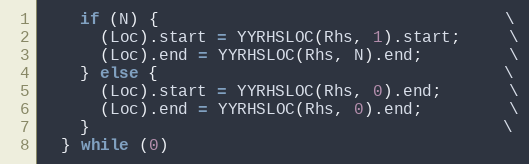
Language: C
    if (N) {                                    \
      (Loc).start = YYRHSLOC(Rhs, 1).start;     \
      (Loc).end = YYRHSLOC(Rhs, N).end;         \
    } else {                                    \
      (Loc).start = YYRHSLOC(Rhs, 0).end;       \
      (Loc).end = YYRHSLOC(Rhs, 0).end;         \
    }                                           \
  } while (0)